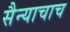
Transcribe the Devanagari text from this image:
सैन्याचाच